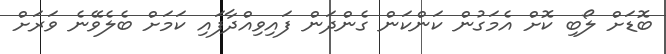
ބޮޑަށް ލޯބި ކޮށް އެމަގުން ކަންކަން ގެންދަން ފައިވިއްދާފައި ކަމަށް ބެލެވޭނެ ވަރަށް